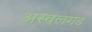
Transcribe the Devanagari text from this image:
अस्वलगड